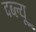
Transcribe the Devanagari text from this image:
दब्ल्यू